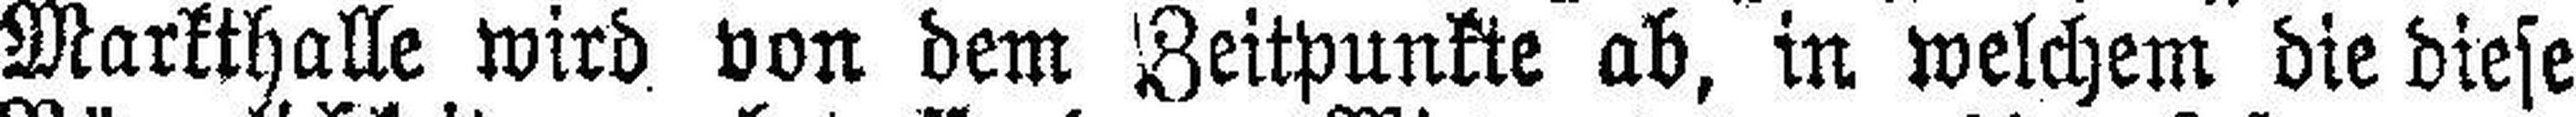
Markthalle wird von dem Zeitpunkte ab, in welchem die diese